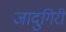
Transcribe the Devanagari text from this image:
जादुगिरी